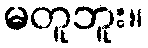
မတူဘူး။